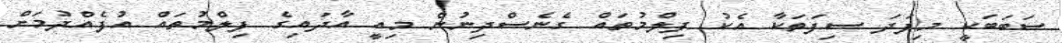
ސަބަބަކީ މިފަދަ ސިފަތަކާ އެކު ފިލްމުތައް ގެނެސްދިނުން މިއީ އާދައިގެ ފިލްމުތައް އުފެއްދުމަށް